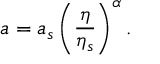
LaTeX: a = a _ { s } \left( \frac \eta { \eta _ { s } } \right) ^ { \alpha } .